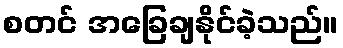
စတင် အခြေချနိုင်ခဲ့သည်။